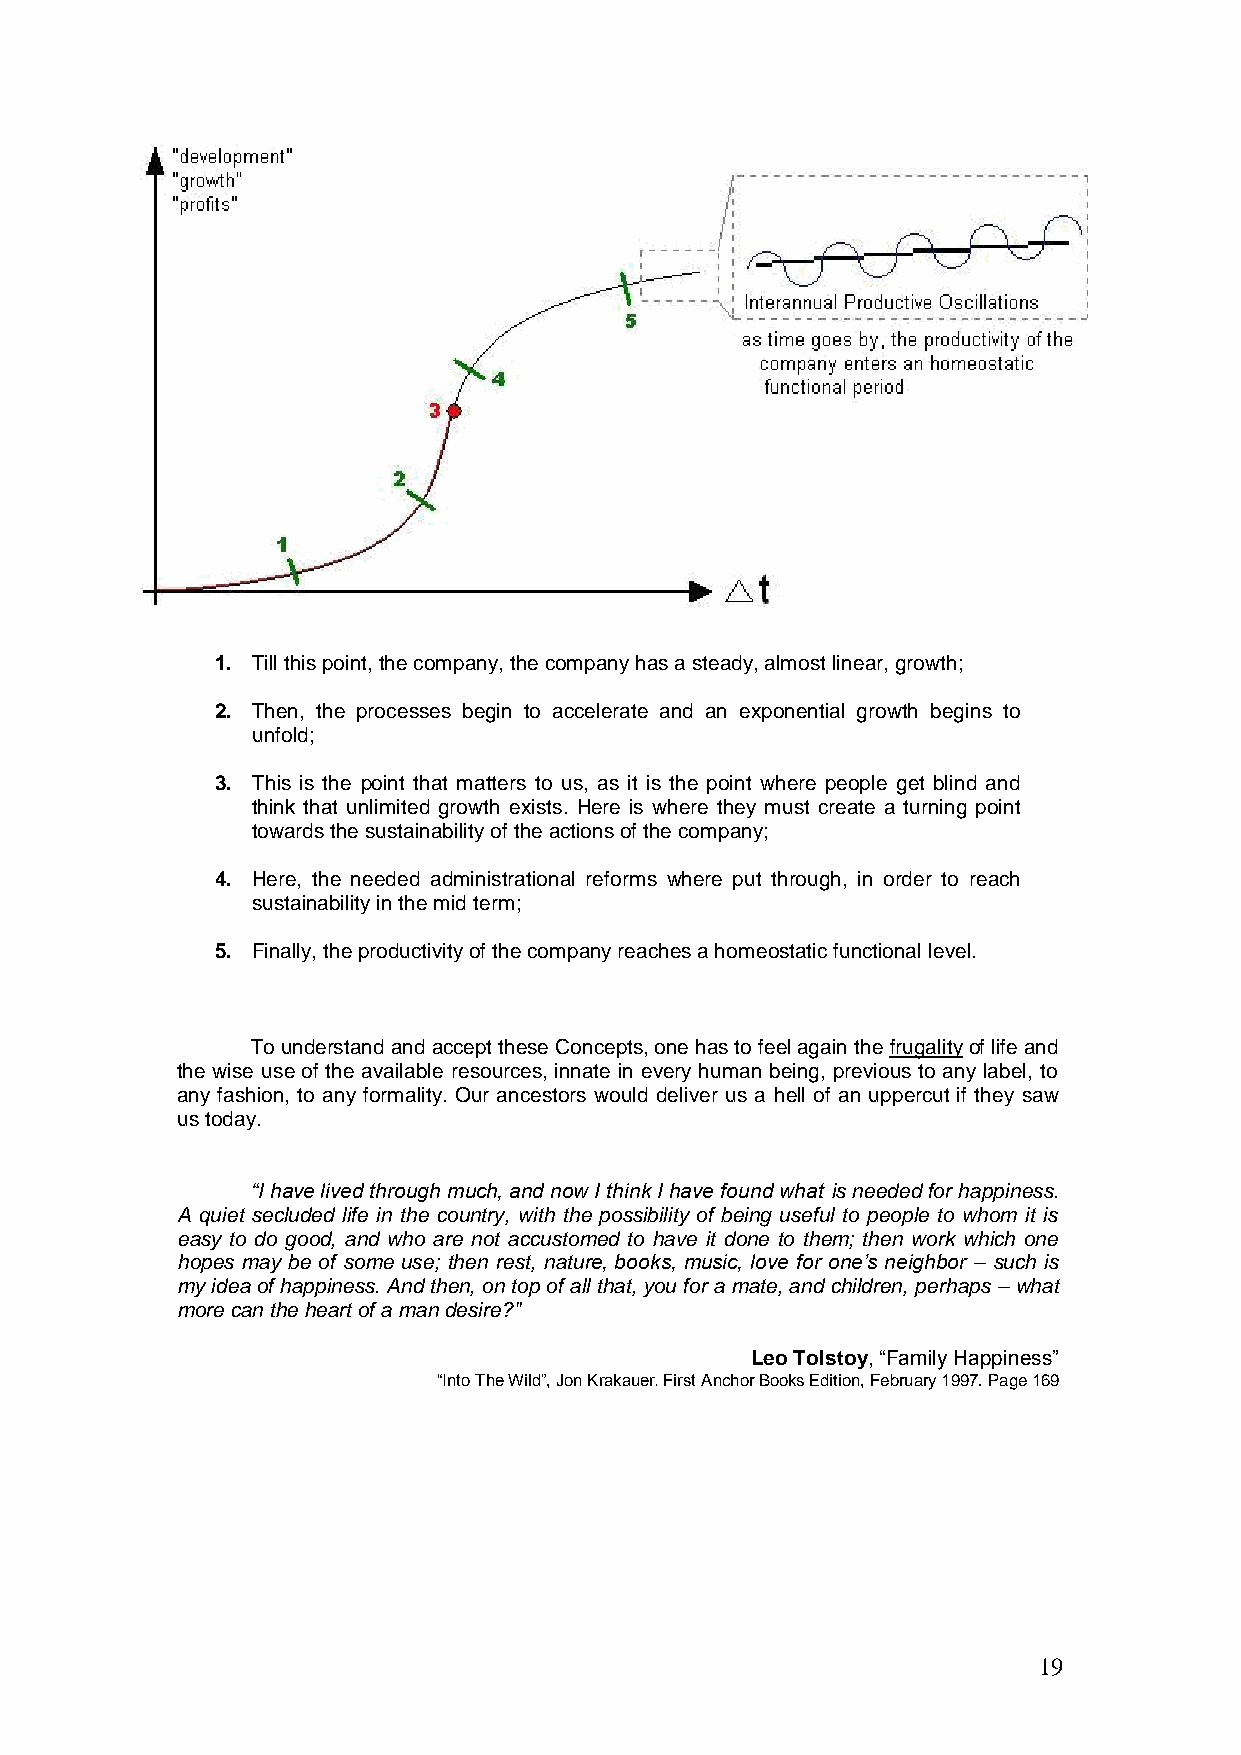
1. Till this point, the company, the company has a steady, almost linear, growth;
 2. Then, the processes begin to accelerate and an exponential growth begins to
 unfold;
 3. This is the point that matters to us, as it is the point where people get blind and
 think that unlimited growth exists. Here is where they must create a turning point
 towards the sustainability of the actions of the company;
 4. Here, the needed administrational reforms where put through, in order to reach
 sustainability in the mid term;
 5. Finally, the productivity of the company reaches a homeostatic functional level.
 To understand and accept these Concepts, one has to feel again the frugality of life and
 the wise use of the available resources, innate in every human being, previous to any label, to
 any fashion, to any formality. Our ancestors would deliver us a hell of an uppercut if they saw
 us today.
 “I have lived through much, and now I think I have found what is needed for happiness.
 A quiet secluded life in the country, with the possibility of being useful to people to whom it is
 easy to do good, and who are not accustomed to have it done to them; then work which one
 hopes may be of some use; then rest, nature, books, music, love for one‟s neighbor – such is
 my idea of happiness. And then, on top of all that, you for a mate, and children, perhaps – what
 more can the heart of a man desire?"
 Leo Tolstoy, ―Family Happiness‖
 ―Into The Wild‖, Jon Krakauer. First Anchor Books Edition, February 1997. Page 169
 19